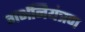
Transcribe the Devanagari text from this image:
गर्भनियंत्रण